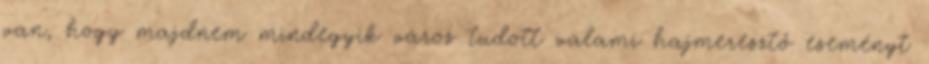
van, hogy majdnem mindegyik város tudott valami hajmeresztő eseményt